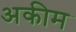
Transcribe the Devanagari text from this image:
अकीम